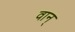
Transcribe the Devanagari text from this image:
वान्